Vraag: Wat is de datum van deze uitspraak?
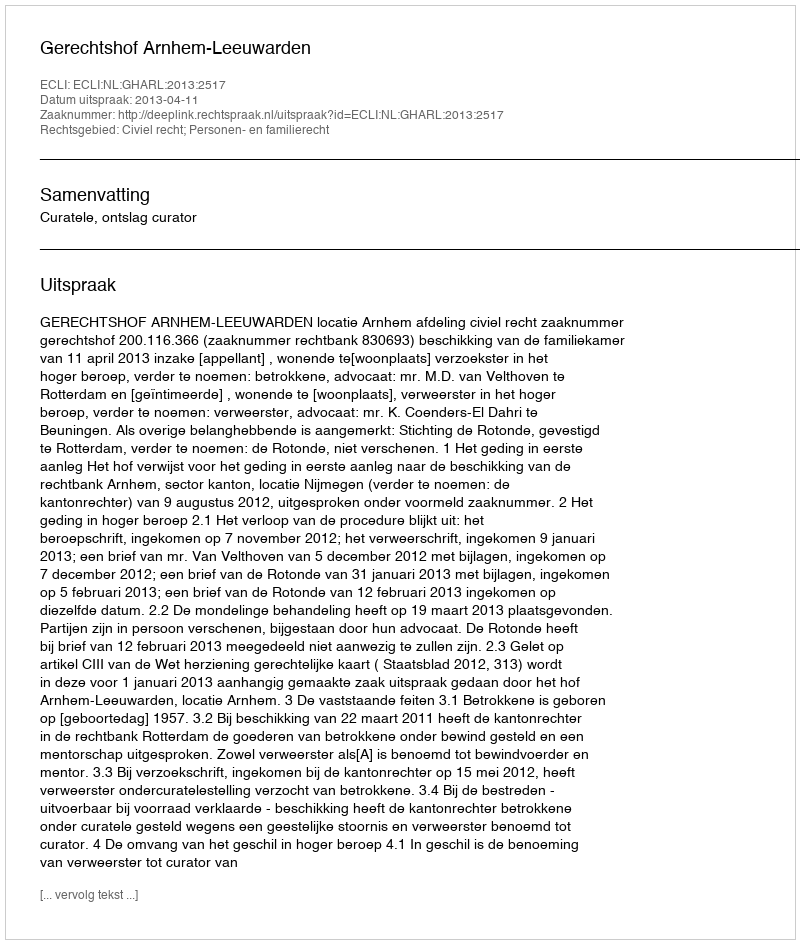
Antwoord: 2013-04-11